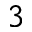
^ { 3 }